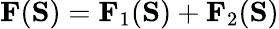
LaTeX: \mathbf{F}(\mathbf{S})=\mathbf{F}_{1}(\mathbf{S})+\mathbf{F}_{2}(\mathbf{S})